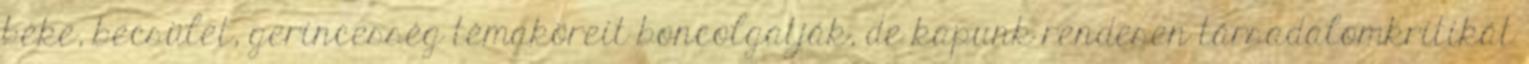
béke, becsület, gerincesség témaköreit boncolgatják, de kapunk rendesen társadalomkritikát